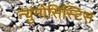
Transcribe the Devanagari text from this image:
न्युमोसिस्टिस